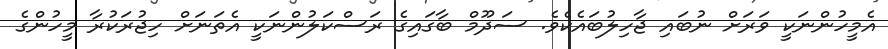
އެމީހުންނަކީ ވަރަށް ނުބައި ޖާހިލުބައެކެވެ. ސަދޫމް ބާގައިގެ ރަސްކަލުންނަކީ އެތަނަށް ހިޖުރަކުރާ މީހުންގެ